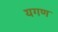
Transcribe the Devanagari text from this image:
यगण